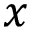
x